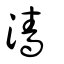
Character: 濇